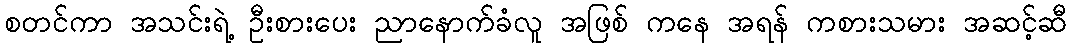
စတင်ကာ အသင်းရဲ့ ဦးစားပေး ညာနောက်ခံလူ အဖြစ် ကနေ အရန် ကစားသမား အဆင့်ဆီ